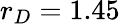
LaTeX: r_{D}=1.45